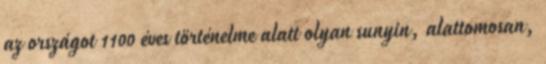
az országot 1100 éves történelme alatt olyan sunyin, alattomosan,